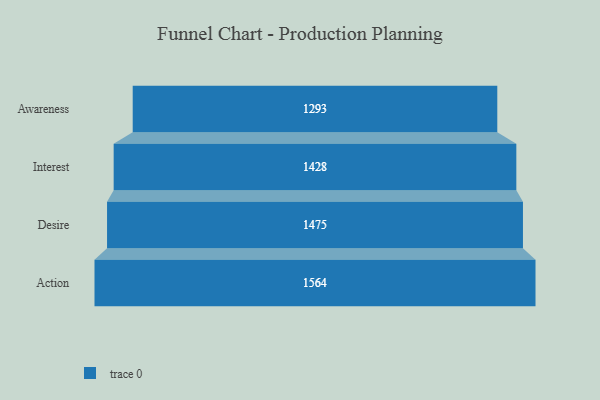
{"axis": {"x": "Stage", "y": "Value"}, "legend": [""], "data": [{"x": "Awareness", "y": 1293.0, "type": ""}, {"x": "Interest", "y": 1428.0, "type": ""}, {"x": "Desire", "y": 1475.0, "type": ""}, {"x": "Action", "y": 1564.0, "type": ""}]}